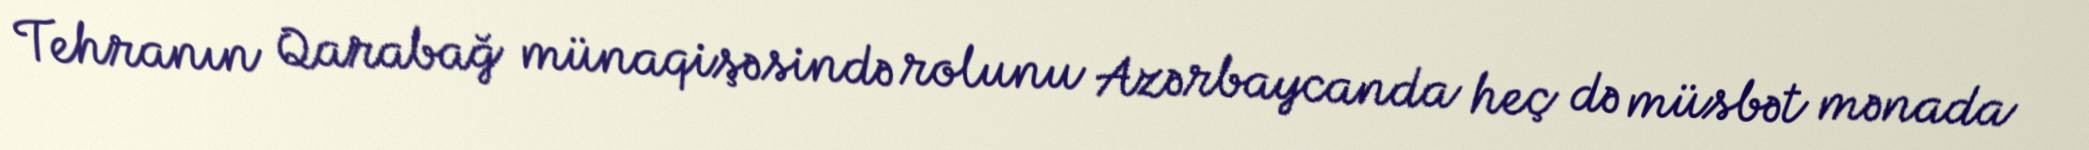
Tehranın Qarabağ münaqişəsində rolunu Azərbaycanda heç də müsbət mənada